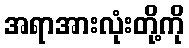
အရာအားလုံးတို့ကို